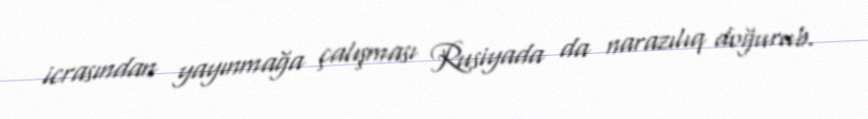
icrasından yayınmağa çalışması Rusiyada da narazılıq doğurub.